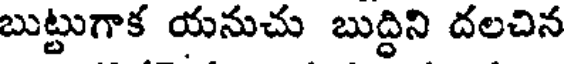
బుట్టుగాక యనుచు బుద్ధిని దలచిన